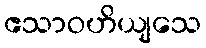
ဧသာဝဟိယျသေ